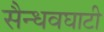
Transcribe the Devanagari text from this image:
सैन्धवघाटी